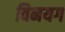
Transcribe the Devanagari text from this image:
विनयग